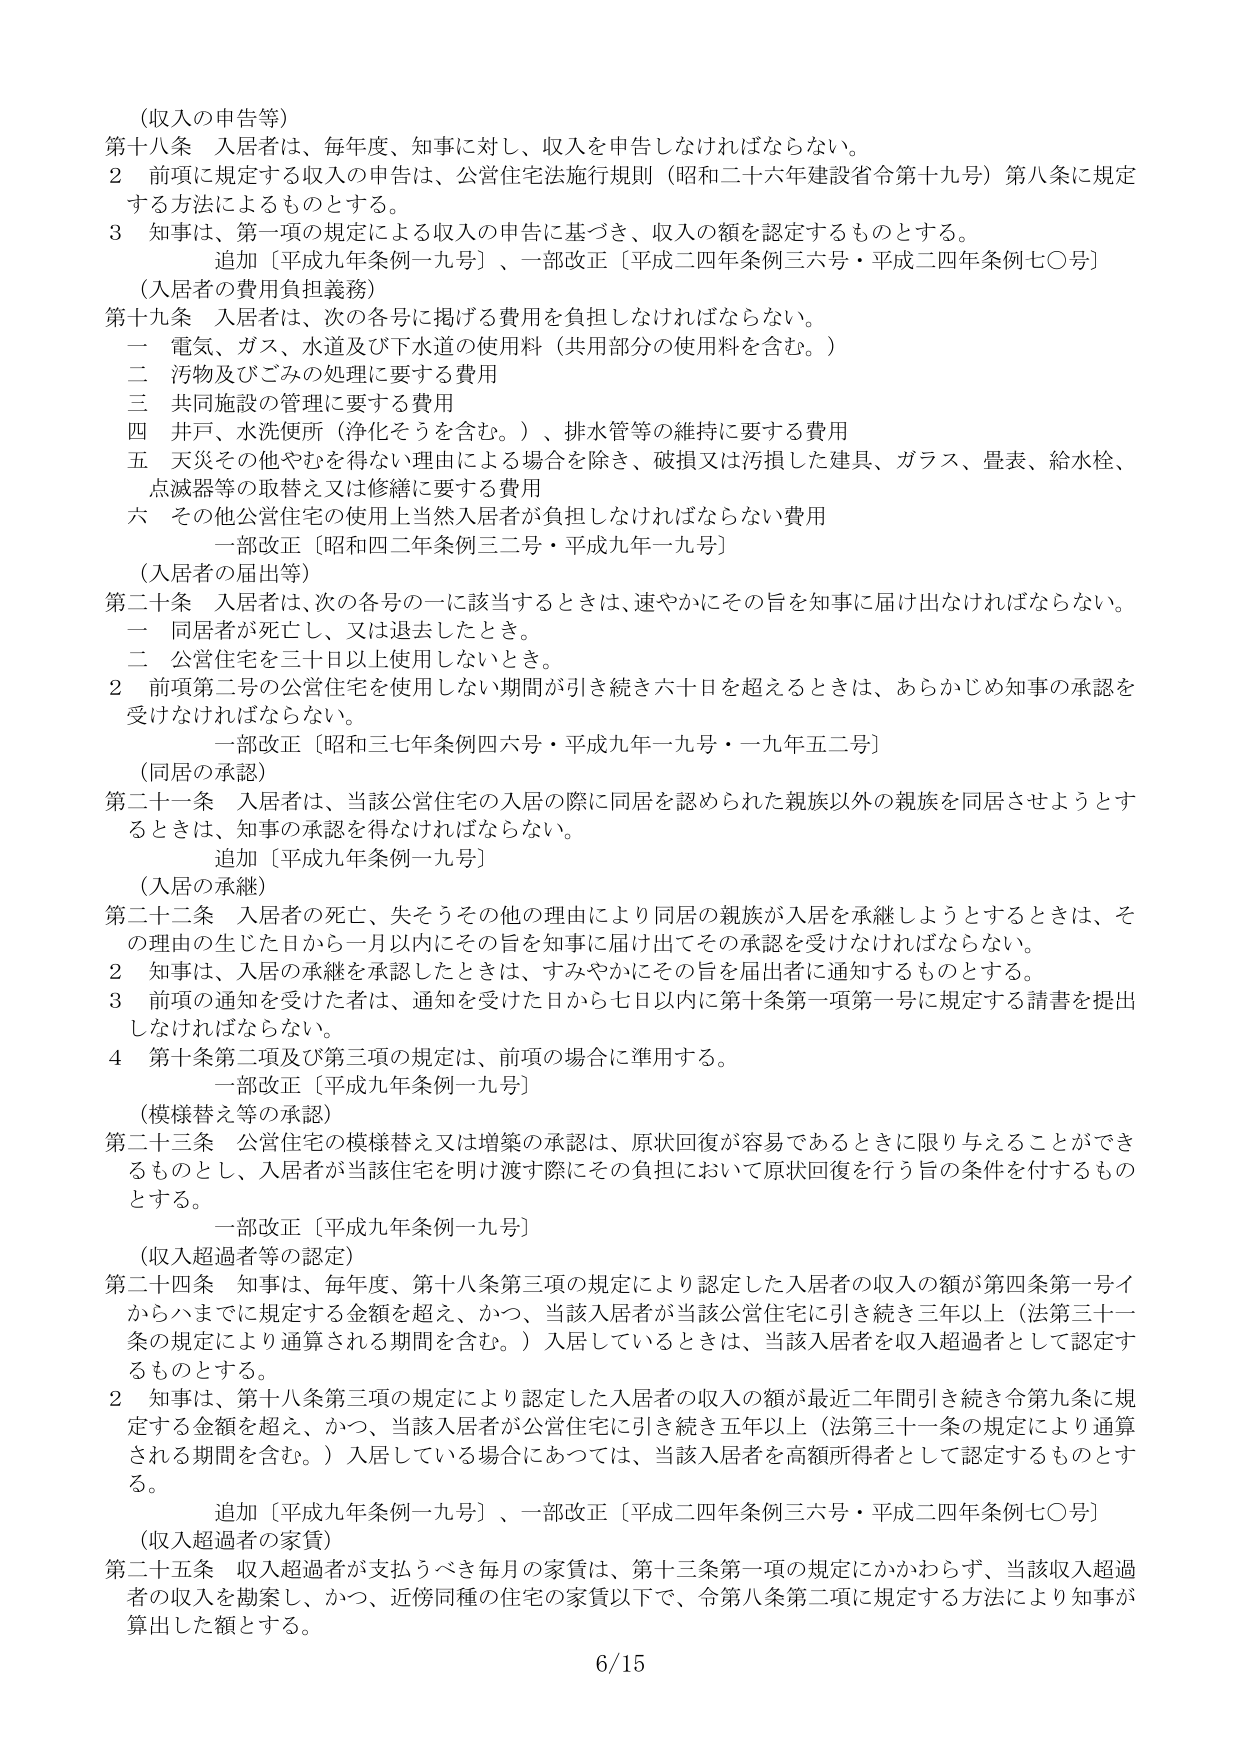
（収入の申告等）
第十八条 入居者は、毎年度、知事に対し、収入を申告しなければならない。
２ 前項に規定する収入の申告は、公営住宅法施行規則（昭和二十六年建設省令第十九号）第八条に規定する方法によるものとする。
３ 知事は、第一項の規定による収入の申告に基づき、収入の額を認定するものとする。
　　追加〔平成九年条例一九号〕、一部改正〔平成二四年条例三六号・平成二四年条例七〇号〕

（入居者の費用負担義務）
第十九条 入居者は、次の各号に掲げる費用を負担しなければならない。
　一 電気、ガス、水道及び下水道の使用料（共用部分の使用料を含む。）
　二 汚物及びごみの処理に要する費用
　三 共同施設の管理に要する費用
　四 井戸、水洗便所（浄化そうを含む。）、排水管等の維持に要する費用
　五 天災その他やむを得ない理由による場合を除き、破損又は汚損した建具、ガラス、畳表、給水栓、点滅器等の取替え又は修繕に要する費用
　六 その他公営住宅の使用上当然入居者が負担しなければならない費用
　　一部改正〔昭和四二年条例三二号・平成九年一九号〕

（入居者の届出等）
第二十条 入居者は、次の各号の一に該当するときは、速やかにその旨を知事に届け出なければならない。
　一 同居者が死亡し、又は退去したとき。
　二 公営住宅を三十日以上使用しないとき。
２ 前項第二号の公営住宅を使用しない期間が引き続き六十日を超えるときは、あらかじめ知事の承認を受けなければならない。
　　一部改正〔昭和三七年条例四六号・平成九年一九号・一九年五二号〕

（同居の承認）
第二十一条 入居者は、当該公営住宅の入居の際に同居を認められた親族以外の親族を同居させようとするときは、知事の承認を得なければならない。
　　追加〔平成九年条例一九号〕

（入居の承継）
第二十二条 入居者の死亡、失そうその他の理由により同居の親族が入居を承継しようとするときは、その理由の生じた日から一月以内にその旨を知事に届け出てその承認を受けなければならない。
２ 知事は、入居の承継を承認したときは、すみやかにその旨を届出者に通知するものとする。
３ 前項の通知を受けた者は、通知を受けた日から七日以内に第十条第一項第一号に規定する請書を提出しなければならない。
４ 第十条第二項及び第三項の規定は、前項の場合に準用する。
　　一部改正〔平成九年条例一九号〕

（模様替え等の承認）
第二十三条 公営住宅の模様替え又は増築の承認は、原状回復が容易であるときに限り与えることができるものとし、入居者が当該住宅を明け渡す際にその負担において原状回復を行う旨の条件を付するものとする。
　　一部改正〔平成九年条例一九号〕

（収入超過者等の認定）
第二十四条 知事は、毎年度、第十八条第三項の規定により認定した入居者の収入の額が第四条第一号イからハまでに規定する金額を超え、かつ、当該入居者が当該公営住宅に引き続き三年以上（法第三十一条の規定により通算される期間を含む。）入居しているときは、当該入居者を収入超過者として認定するものとする。
２ 知事は、第十八条第三項の規定により認定した入居者の収入の額が最近二年間引き続き令第九条に規定する金額を超え、かつ、当該入居者が公営住宅に引き続き五年以上（法第三十一条の規定により通算される期間を含む。）入居している場合にあつては、当該入居者を高額所得者として認定するものとする。
　　追加〔平成九年条例一九号〕、一部改正〔平成二四年条例三六号・平成二四年条例七〇号〕

（収入超過者の家賃）
第二十五条 収入超過者が支払うべき毎月の家賃は、第十三条第一項の規定にかかわらず、当該収入超過者の収入を勘案し、かつ、近傍同種の住宅の家賃以下で、令第八条第二項に規定する方法により知事が算出した額とする。

6/15